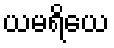
ယမရိယေ